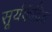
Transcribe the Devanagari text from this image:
सूर्यकेंद्रित